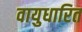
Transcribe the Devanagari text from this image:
वायुधारित